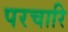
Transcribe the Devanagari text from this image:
परचारि